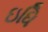
ઇધિ